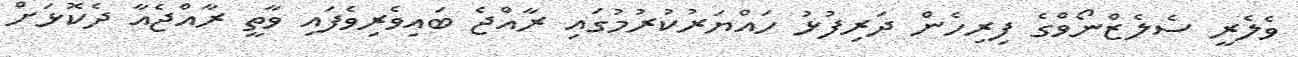
ވެލެރީ ސެލެޒްނޯވްގެ ފިރިހެން ދަރިފުޅު ހައްޔަރުކުރުމުގައި ރާއްޖެ ބައިވެރިވެފައި ވާތީ ރާއްޖެއާ ދެކޮޅަށް